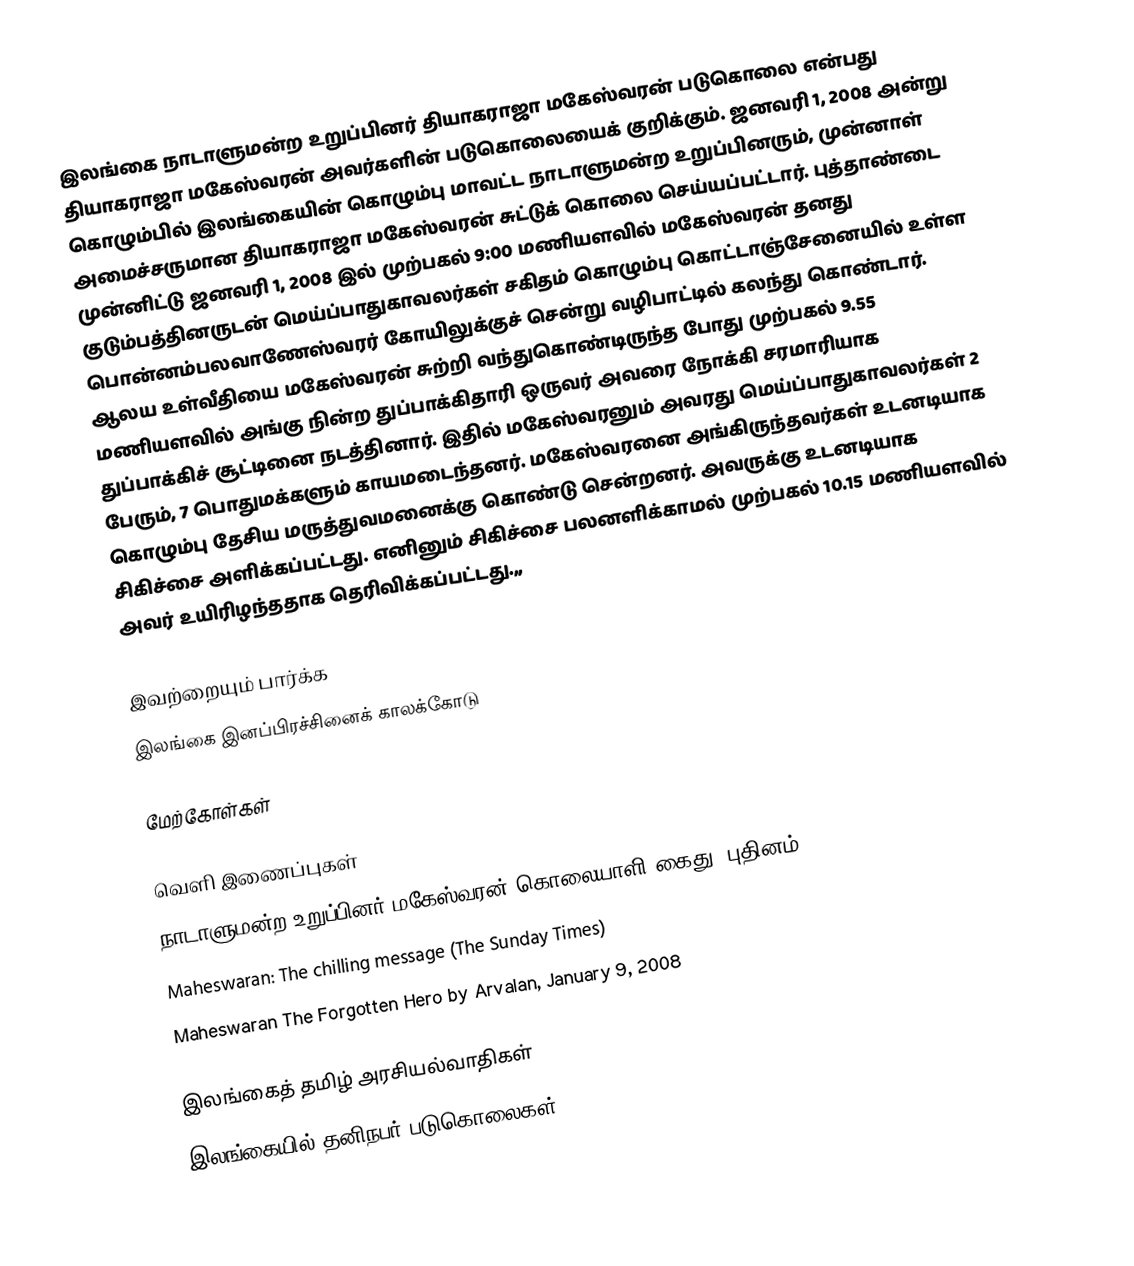
இலங்கை நாடாளுமன்ற உறுப்பினர் தியாகராஜா மகேஸ்வரன் படுகொலை என்பது தியாகராஜா மகேஸ்வரன் அவர்களின் படுகொலையைக் குறிக்கும். ஜனவரி 1, 2008 அன்று கொழும்பில் இலங்கையின் கொழும்பு மாவட்ட நாடாளுமன்ற உறுப்பினரும், முன்னாள் அமைச்சருமான தியாகராஜா மகேஸ்வரன் சுட்டுக் கொலை செய்யப்பட்டார். புத்தாண்டை முன்னிட்டு ஜனவரி 1, 2008 இல் முற்பகல் 9:00 மணியளவில் மகேஸ்வரன் தனது குடும்பத்தினருடன் மெய்ப்பாதுகாவலர்கள் சகிதம் கொழும்பு கொட்டாஞ்சேனையில் உள்ள பொன்னம்பலவாணேஸ்வரர் கோயிலுக்குச் சென்று வழிபாட்டில் கலந்து கொண்டார். ஆலய உள்வீதியை மகேஸ்வரன் சுற்றி வந்துகொண்டிருந்த போது முற்பகல் 9.55 மணியளவில் அங்கு நின்ற துப்பாக்கிதாரி ஒருவர் அவரை நோக்கி சரமாரியாக துப்பாக்கிச் சூட்டினை நடத்தினார். இதில் மகேஸ்வரனும் அவரது மெய்ப்பாதுகாவலர்கள் 2 பேரும், 7  பொதுமக்களும் காயமடைந்தனர். மகேஸ்வரனை அங்கிருந்தவர்கள் உடனடியாக கொழும்பு தேசிய மருத்துவமனைக்கு கொண்டு சென்றனர். அவருக்கு உடனடியாக சிகிச்சை அளிக்கப்பட்டது. எனினும் சிகிச்சை பலனளிக்காமல் முற்பகல் 10.15 மணியளவில் அவர் உயிரிழந்ததாக தெரிவிக்கப்பட்டது.,,

இவற்றையும் பார்க்க
 இலங்கை இனப்பிரச்சினைக் காலக்கோடு

மேற்கோள்கள்

வெளி இணைப்புகள்
 நாடாளுமன்ற உறுப்பினர் மகேஸ்வரன் கொலையாளி கைது (புதினம்)
 Maheswaran: The chilling message (The Sunday Times)
 Maheswaran The Forgotten Hero by Arvalan, January 9, 2008

இலங்கைத் தமிழ் அரசியல்வாதிகள்
இலங்கையில் தனிநபர் படுகொலைகள்